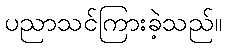
ပညာသင်ကြားခဲ့သည်။